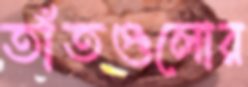
তাঁতগুলোর